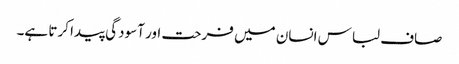
صاف لباس انسان میں فرحت اور آسودگی پیدا کرتا ہے۔